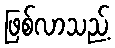
ဖြစ်လာသည့်